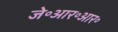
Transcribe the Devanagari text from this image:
जे॰आर॰आर॰